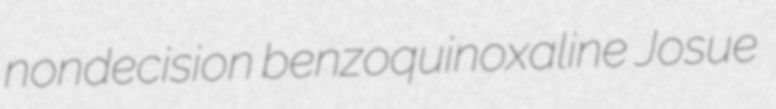
nondecision benzoquinoxaline Josue